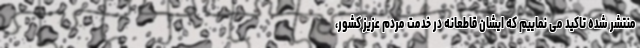
منتشر شده تاکید می نماییم که ایشان قاطعانه در خدمت مردم عزیز کشور،